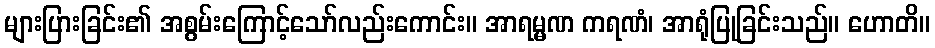
များပြားခြင်း၏ အစွမ်းကြောင့်သော်လည်းကောင်း။ အာရမ္မဏ ကရဏံ၊ အာရုံပြုခြင်းသည်။ ဟောတိ။